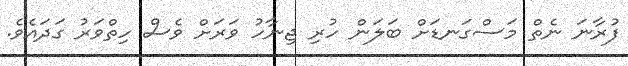
ފުރާނަ ނެތް މަސްގަނޑަށް ބަލަން ހުރި ޖިނާހު ވަރަށް ވެސް ހިތްވަރު ގަދައެވެ.